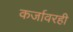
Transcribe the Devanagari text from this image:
कर्जावरही